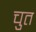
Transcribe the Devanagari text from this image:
चुत